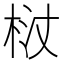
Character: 𭩻